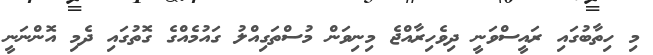
މި ހިތާބުގައި ރައީސްވަނީ ދިވެހިރާއްޖެ މިނިވަން މުސްތަގިއްލު ގައުމެއްގެ ގޮތުގައި ދެމި އޮންނަނީ